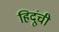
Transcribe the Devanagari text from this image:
हिदूंची